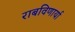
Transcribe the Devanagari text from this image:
राबविणार्या